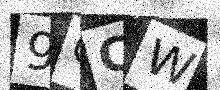
Text: 9CCW